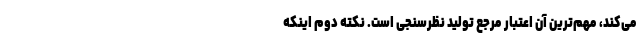
می‌کند، مهم‌ترین آن اعتبار مرجع تولید نظرسنجی است. نکته دوم اینکه